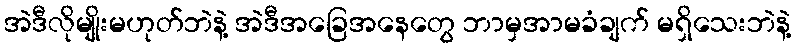
အဲဒီလိုမျိုးမဟုတ်ဘဲနဲ့ အဲဒီအခြေအနေတွေ ဘာမှအာမခံချက် မရှိသေးဘဲနဲ့